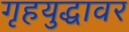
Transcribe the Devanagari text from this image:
गृहयुद्धावर